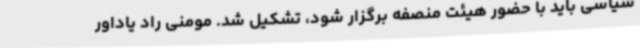
سیاسی باید با حضور هیئت منصفه برگزار شود، تشکیل شد. مومنی راد یاداور